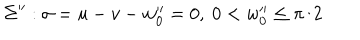
LaTeX: \Sigma ^ { \prime \prime } : \sigma = u - v - w _ { 0 } ^ { \prime \prime } = 0 , ~ 0 < w _ { 0 } ^ { \prime \prime } \leq \pi / 2